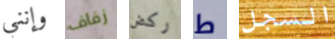
وإنني زفاف ركض ط السجل